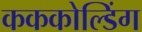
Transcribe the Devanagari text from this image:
कककोल्डिंग